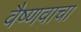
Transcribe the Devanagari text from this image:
वैष्णवाचा